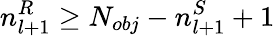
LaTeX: n_{l+1}^{R}\ge N_{obj}-n_{l+1}^{S}+1